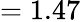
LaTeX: =1.47